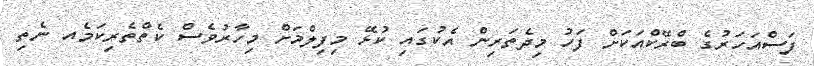
ފަސްއަހަރުގެ ބްރޭކްއަކަށް ފަހު މިދެތަރިން އެކުގައި ކުޅޭ މިފިލްމަށް މިހާރުވެސް ކެތްތެރިކަމެއ ނެތި